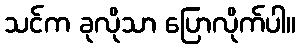
သင်က ခုလိုသာ ပြောလိုက်ပါ။